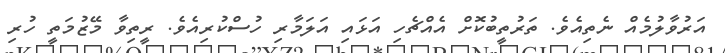
އަރުވާލުމެއް ނެތިއެވެ. ތަރުތީބުކޮށް އެއްޗެހި އަޅައި އަލަމާރި ހުސްކުރިއެވެ. ރީތިވާ މޭޒުމަތީ ހުރި